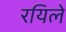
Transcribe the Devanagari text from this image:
रयिले